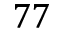
7 7